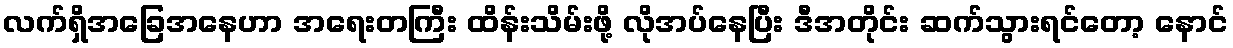
လက်ရှိအခြေအနေဟာ အရေးတကြီး ထိန်းသိမ်းဖို့ လိုအပ်နေပြီး ဒီအတိုင်း ဆက်သွားရင်တော့ နောင်